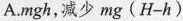
A.mgh，减少mg($$H - h$$)